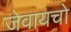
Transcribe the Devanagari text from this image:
जेवायचो